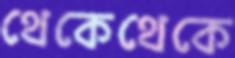
থেকেথেকে